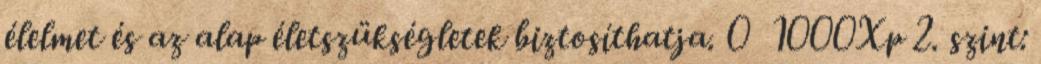
élelmet és az alap életszükségletek biztosíthatja. 0 1000Xp 2. szint: